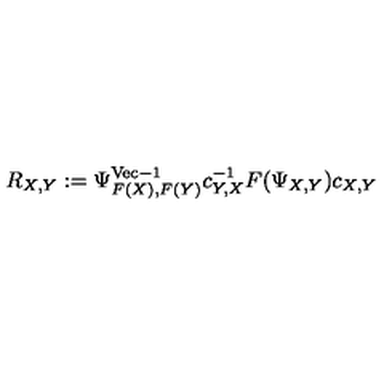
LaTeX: R _ { X , Y } : = \Psi _ { F ( X ) , F ( Y ) } ^ { \mathrm { V e c } - 1 } c _ { Y , X } ^ { - 1 } F ( \Psi _ { X , Y } ) c _ { X , Y }